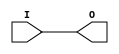
`timescale 1ns/1ps
`celldefine
//
// FCLK_BUF simulation model
// Clock buffer for routing logic signal to the global clock
//
// Copyright (c) 2023 Rapid Silicon, Inc.  All rights reserved.
//

module FCLK_BUF (
  input I, // Clock input
  output O // Clock output
);

   assign O = I ;

endmodule
`endcelldefine